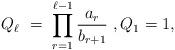
LaTeX: \begin{align*} Q_\ell \ = \ \prod_{r=1}^{\ell-1} \frac{a_r}{b_{r+1}} \ , Q_1=1, \end{align*}